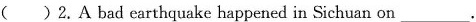
（ ）2.A bad earthquake happened in Sichuan on___.